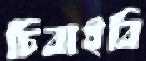
চিবাইবি